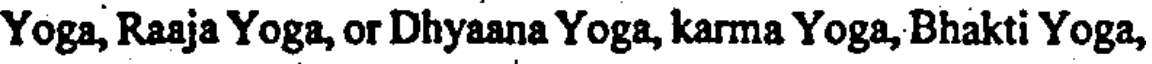
Yoga, Raaja Yoga, or Dhyaana Yoga, karma Yoga, Bhakti Yoga,